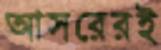
আসরেরই